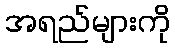
အရည်များကို